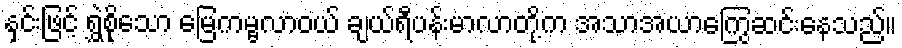
နှင်းဖြင့် ရွှဲစိုသော မြေကမ္ဗလာဝယ် ချယ်ရီပန်းမာလာတို့က အသာအယာကြွေဆင်းနေသည်။